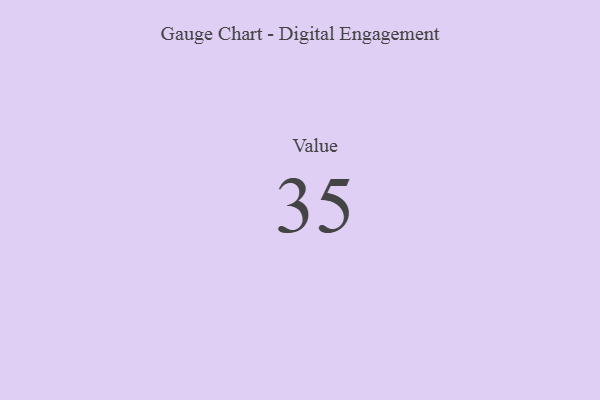
{"axis": {"x": "Metric", "y": "Value"}, "legend": [""], "data": [{"x": "Value", "y": 35, "type": ""}]}